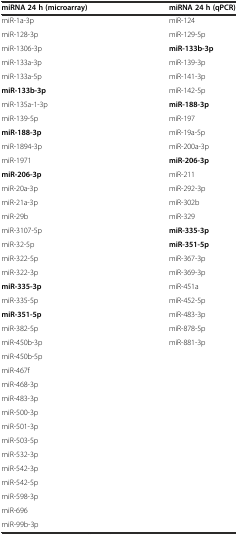
| miRNA 24 h (microarray) | miRNA 24 h (qPCR) |
 | --- | --- |
 | miR-1a-3p | miR-124 |
 | miR-128-3p | miR-129-5p |
 | miR-1306-3p | miR-133b-3p |
 | miR-133a-3p | miR-139-3p |
 | miR-133a-5p | miR-141-3p |
 | miR-133b-3p | miR-142-5p |
 | miR-135a-1-3p | miR-188-3p |
 | miR-139-5p | miR-197 |
 | miR-188-3p | miR-19a-5p |
 | miR-1894-3p | miR-200a-3p |
 | miR-1971 | miR-206-3p |
 | miR-206-3p | miR-211 |
 | miR-20a-3p | miR-292-3p |
 | miR-21a-3p | miR-302b |
 | miR-29b | miR-329 |
 | miR-3107-5p | miR-335-3p |
 | miR-32-5p | miR-351-5p |
 | miR-322-5p | miR-367-3p |
 | miR-322-3p | miR-369-3p |
 | miR-335-3p | miR-451a |
 | miR-335-5p | miR-452-5p |
 | miR-351-5p | miR-483-3p |
 | miR-382-5p | miR-878-5p |
 | miR-450b-3p | miR-881-3p |
 | miR-450b-5p |  |
 | miR-467f |  |
 | miR-468-3p |  |
 | miR-483-3p |  |
 | miR-500-3p |  |
 | miR-501-3p |  |
 | miR-503-5p |  |
 | miR-532-3p |  |
 | miR-542-3p |  |
 | miR-542-5p |  |
 | miR-598-3p |  |
 | miR-696 |  |
 | miR-99b-3p |  |